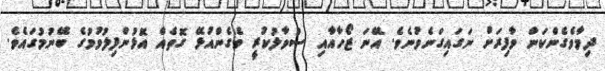
ދިމާވެގެންކަން ވާފިރަށް ނަގައިގަނެވުނެވެ. އޭނަ ޒޯހާއާއި ސުވާލުކުރީ ވެގެންއުޅޭ ގޮތެއް އޮޅުންފިލުވުުމުގެ ބޭނުމުގައެވެ.